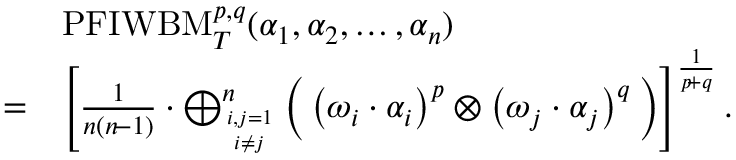
\begin{array} { r l } & { \mathrm { P F I W B M } _ { T } ^ { p , q } ( \alpha _ { 1 } , \alpha _ { 2 } , \ldots , \alpha _ { n } ) } \\ { = } & { \left[ \frac { 1 } { n ( n \! - 1 ) } \cdot \bigoplus _ { i , j = 1 \atop i \neq j } ^ { n } \Big ( \left( \omega _ { i } \cdot \alpha _ { i } \right) ^ { p } \otimes \left( \omega _ { j } \cdot \alpha _ { j } \right) ^ { q } \Big ) \right] ^ { \frac { 1 } { p \! + q } } . } \end{array}